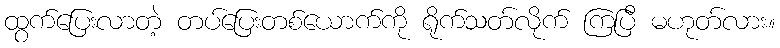
ထွက်ပြေးလာတဲ့ တပ်ပြေးတစ်ယောက်ကို ရိုက်သတ်လိုက် ကြပြီ မဟုတ်လား။